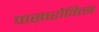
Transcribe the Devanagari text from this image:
पासारोवित्झ